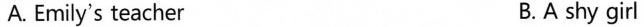
A. Emily's teacher B. A shy girl